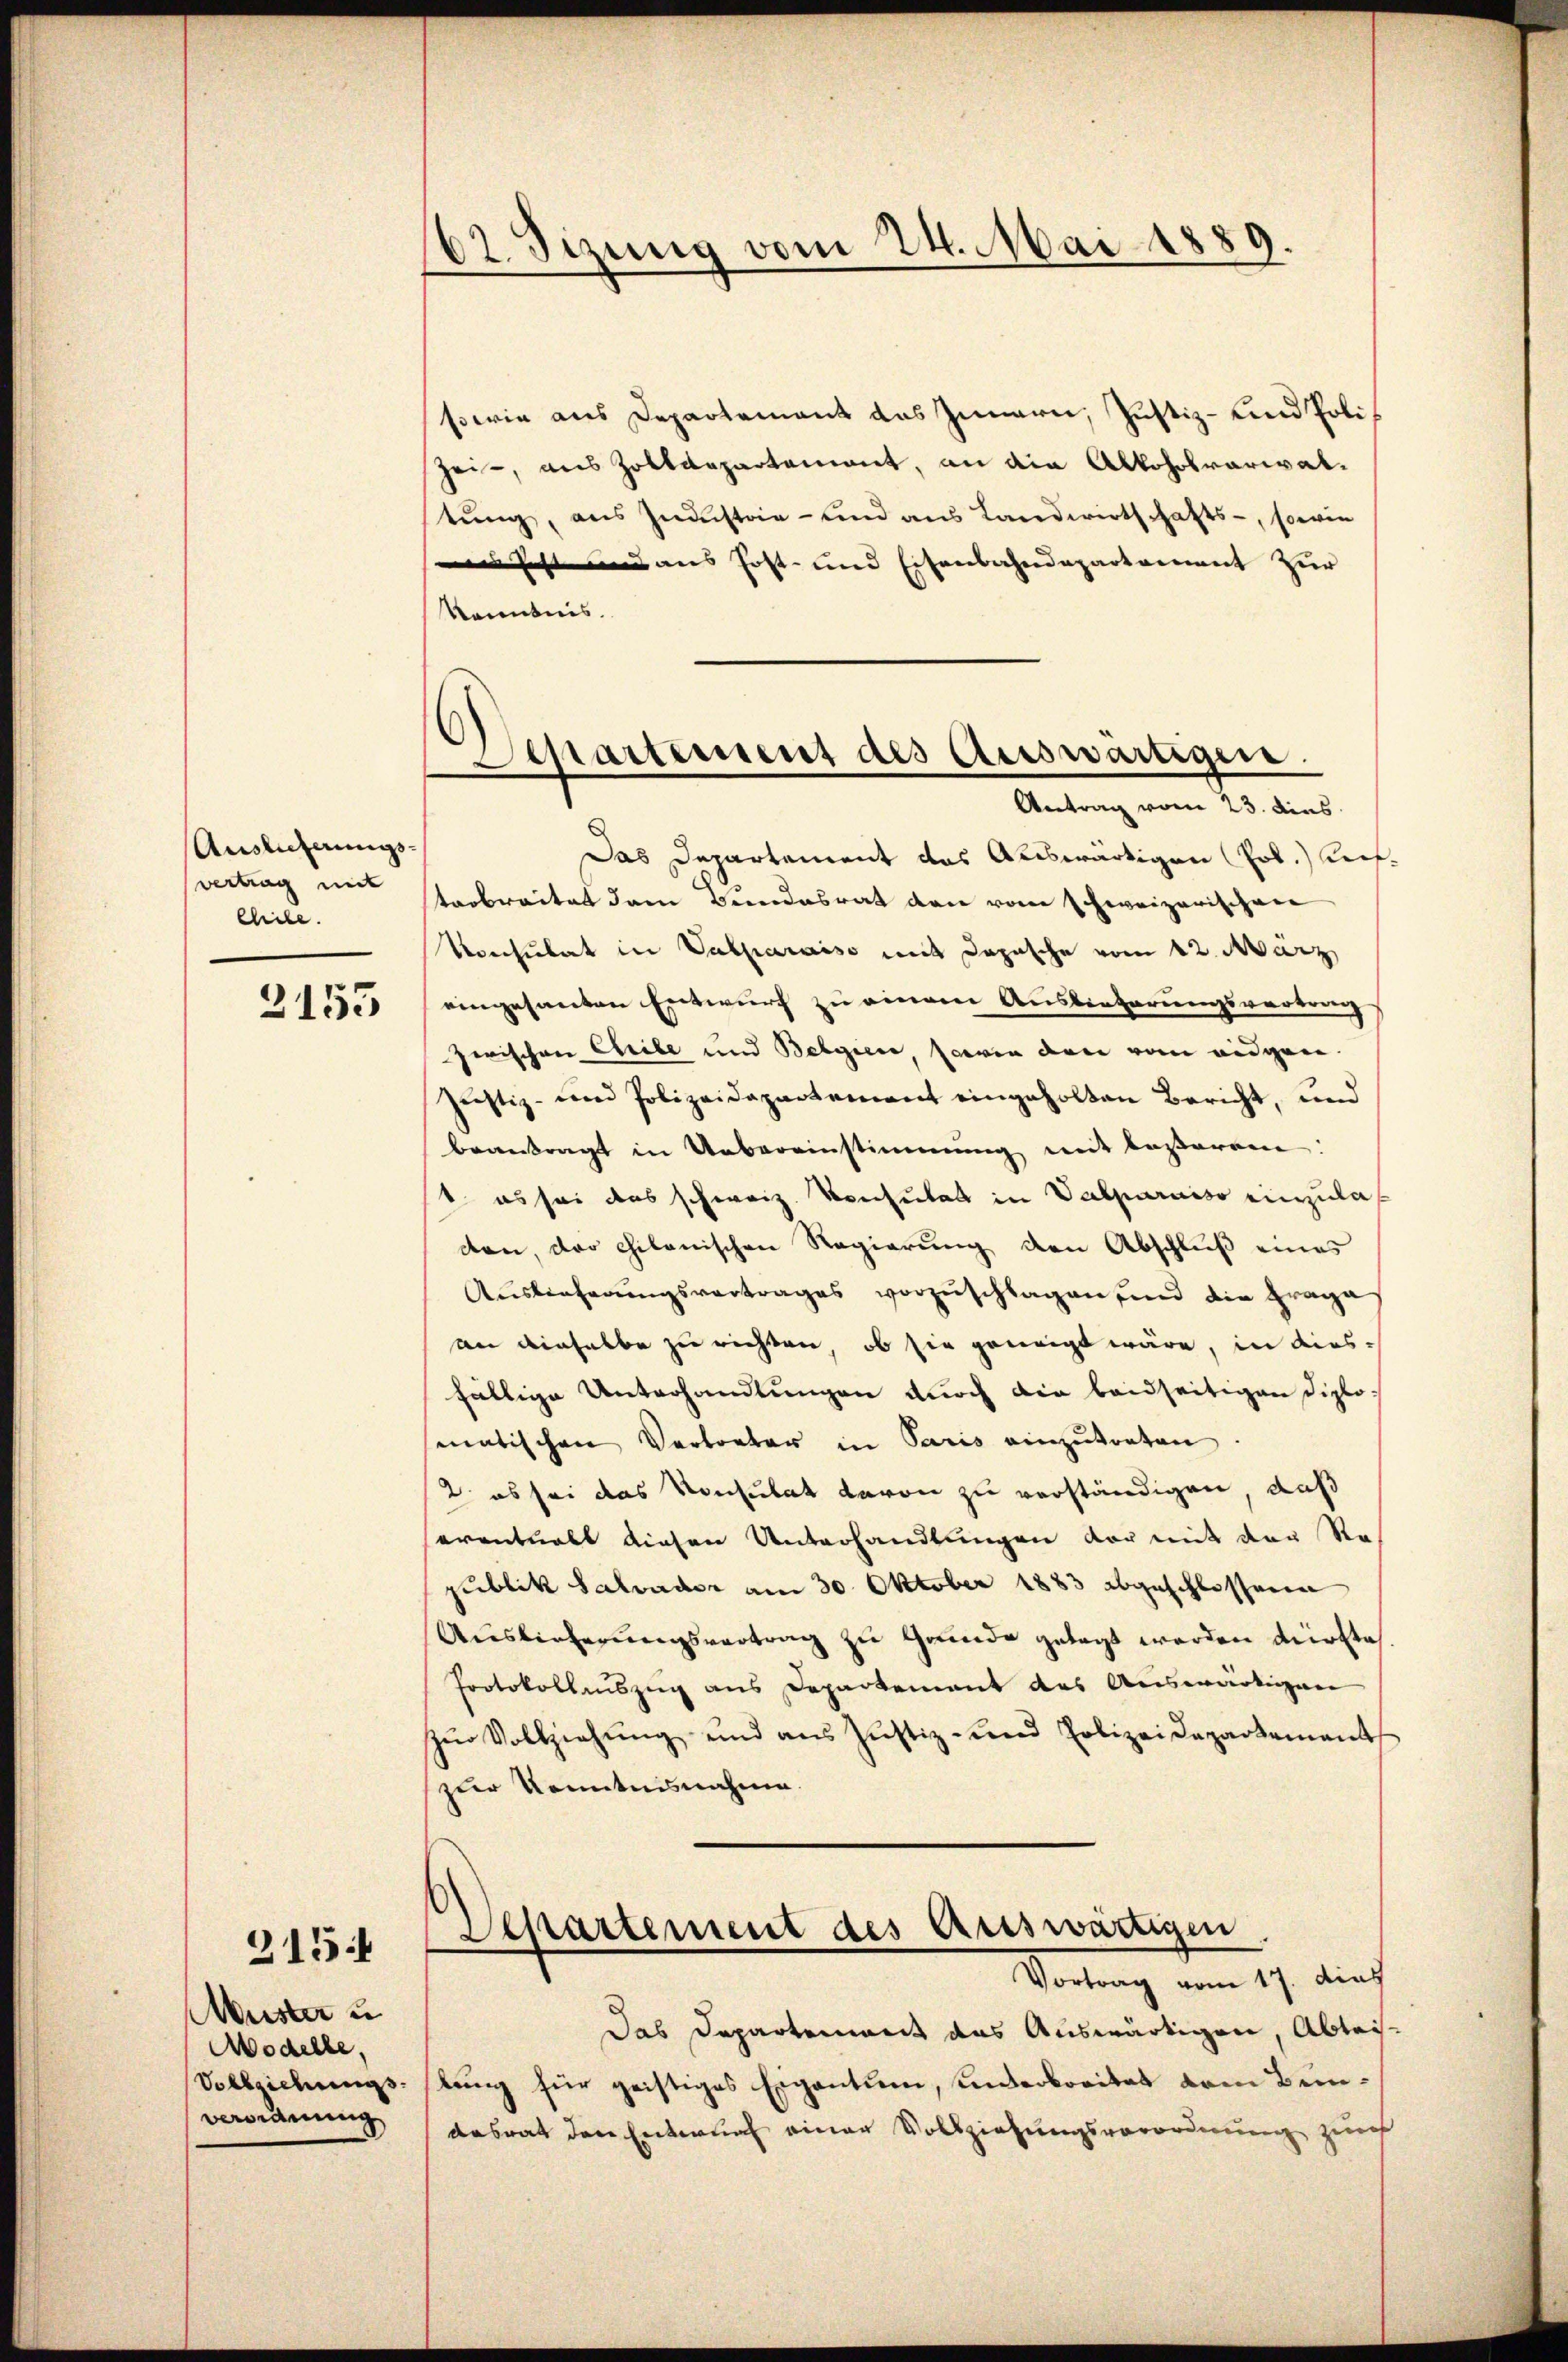
Auslichnungs¬
(vertrag mit
Chiile.

3155

Muster u
Modelle,
verordnung

315

162. Sizung vom 24. Mai 1889.

swie aus Departement des Innern, Justiz- und Poli¬
Zeit, aus Zolldepartamant, an die Alkoholrarialstung, aus Zustiz- und aus Landwirtschafts-, sowie
ses fest und aus Hoft- und Eisenbahndepartement zur
Kenntnis.
Das Departement das Auswärtigen (Pol.) Auftrobreitet dem Bundesrat den vom schweizerischen
Konsulat in Vasparaiso mit Depesche vom 12. März
eingesanten Entwurf zu einem Ausbeuterungsvertrag
zwischen Chrile und Belgiere, serven den vom eidgen.
Justiz- und Polizeidepartement eingeholten Bericht, und
beantragt in Uebereinstimmung mit besaren:
t es sei das schweiz. Konsulat in Valparniso einzulas
den, der philonischen Regierŭng den Abschlŭβ eines
Auslieferungsvertrages vorzuschlagen, und die Fraga
an dieselbe zu richten, ob sie geneigt wäre, in diesfällige Unterhandlungen durch die beidseitigen Diplomnatischen Vertreter in Paris einzutreten.
2 es sei das Konsulat davon zu verständigen, daß
eventualt diesen Unterhandlungen vor mit der Re
publik Salvader am 30. Oktober 1883 abgeschlossene
Auslieferungsvertrag zu Grunde gelegt werden dürfte
Protokollauszug aus Departement des Auswärtigen
zŭr Vollziehŭng und aus Justiz- und Polizeidepartement
zur Kenntnisnahme.
Separtement des Eriswärtigen
Vortrag vom 17. dies
Das Departenweit das Auswärtigen, Abteis¬
Vollziehungstung für geistiges Eigentum, unterbreitet vom Bundesrat den Entwurf einer Vollziehungsverordnung zurch

)
Departement des Auswärtigen.
Antrag vom 23. dies